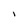
Character: i